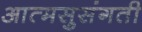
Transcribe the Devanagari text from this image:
आत्मसुसंगती